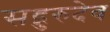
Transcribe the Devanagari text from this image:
सद्गुरुदेव